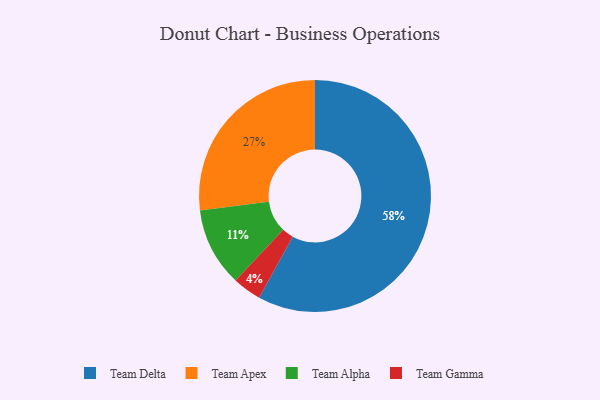
{"axis": {"x": "Category", "y": "Percentage"}, "legend": ["Team Alpha", "Team Apex", "Team Delta", "Team Gamma"], "data": [{"x": "Team Apex", "y": 27, "type": "Team Apex"}, {"x": "Team Delta", "y": 58, "type": "Team Delta"}, {"x": "Team Alpha", "y": 11, "type": "Team Alpha"}, {"x": "Team Gamma", "y": 4, "type": "Team Gamma"}]}